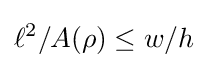
\ell ^{2}/A(\rho )\leq w/h